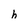
Character: h